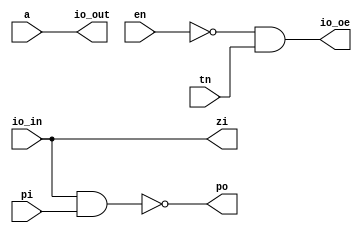
module bd
(
	output	io_out,
	output	io_oe,
	input		io_in,
	output	zi,
	output	po,
	input		a,
	input		en,
	input 	tn,
	input		pi
);

// assign io = (~en & tn) ? a : 1'bz;
// assign zi = io;
// assign po = ~(io & pi);

assign io_out = a;
assign io_oe = ~en & tn;
assign zi = io_in;
assign po = ~(io_in & pi);

endmodule